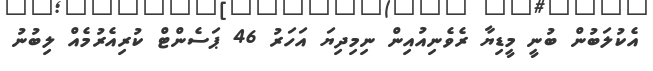
އެކުލަބުން ބުނީ މީޑިޔާ ރެވެނިއުއިން ނިމިދިޔަ އަހަރު 46 ޕަސެންޓް ކުރިއެރުމެއް ލިބުނު